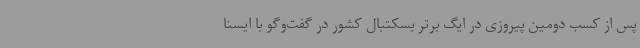
پس از کسب دومین پیروزی در ایگ برتر بسکتبال کشور در گفت‌وگو با ایسنا